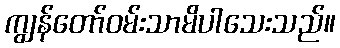
ကျွန်တော်ဝမ်းသာမိပါသေးသည်။